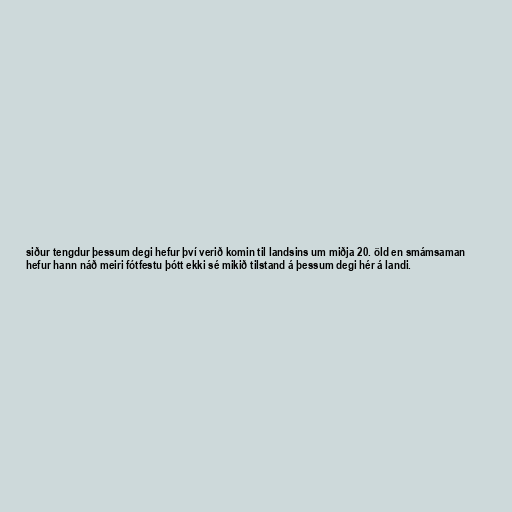
siður tengdur þessum degi hefur því verið komin til landsins um miðja 20. öld en smámsaman
hefur hann náð meiri fótfestu þótt ekki sé mikið tilstand á þessum degi hér á landi.